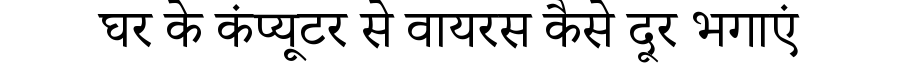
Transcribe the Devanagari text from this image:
घर के कंप्यूटर से वायरस कैसे दूर भगाएं